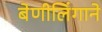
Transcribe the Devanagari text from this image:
बेणीलिंगाने